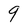
Character: 9